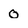
Character: 0